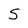
Character: S